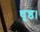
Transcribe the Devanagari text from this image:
धृष्ठ।